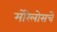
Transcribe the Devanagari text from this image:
मोरेलोसचे